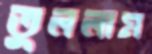
তুললাম